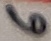
Text: 6